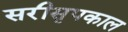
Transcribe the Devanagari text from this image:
सरीसृपकाल